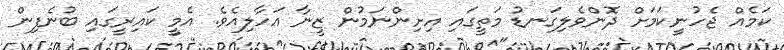
ކަމެއް ޖެހުނީކަމަށް ދޮންވެލިގަނޑު މަތީގައި އިށިންނަމުން ޒީނާ އަހާލިއެވެ. އެމީ ކައިރީގައި ބުނެފިން